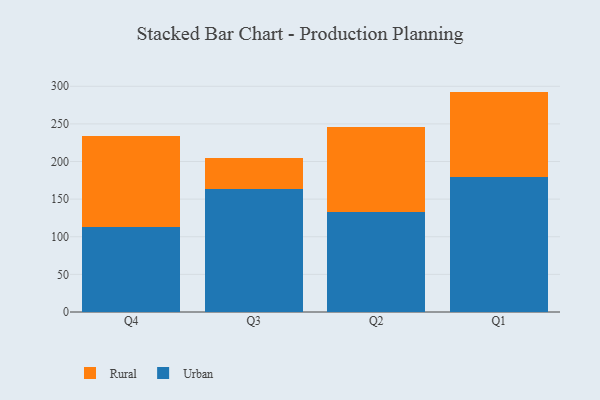
{"axis": {"x": "Quarter", "y": "Headcount"}, "legend": ["Rural", "Urban"], "data": [{"x": "Q4", "y": 113.6, "type": "Urban"}, {"x": "Q4", "y": 120.4, "type": "Rural"}, {"x": "Q3", "y": 163.5, "type": "Urban"}, {"x": "Q3", "y": 40.6, "type": "Rural"}, {"x": "Q2", "y": 133.3, "type": "Urban"}, {"x": "Q2", "y": 112.0, "type": "Rural"}, {"x": "Q1", "y": 179.4, "type": "Urban"}, {"x": "Q1", "y": 113.5, "type": "Rural"}]}